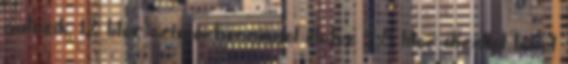
autózik, 12 liter szuperbenzinnel illetve 9,8 liter dízellel tehet